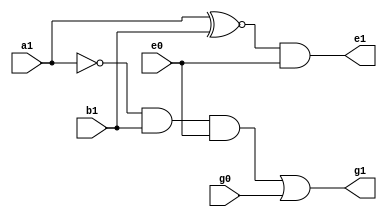
`timescale 1ns/1ns
module mybcs_gatelevel(input a1, b1, e0, g0, output e1, g1);
	wire j1, k1;
	assign #(12, 12) j1 = a1 ~^ b1;
	assign #(12, 14) e1 = j1 & e0;
	assign #(12, 12) k1 = ~a1 & b1 & e0;
	assign #(12, 12) g1 = k1 | g0;
endmodule